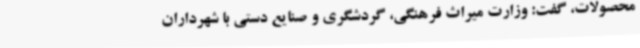
محصولات،‌ گفت: وزارت میراث فرهنگی،‌ گردشگری و صنایع دستی با شهرداران